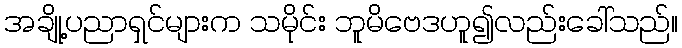
အချို့ပညာရှင်များက သမိုင်း ဘူမိဗေဒဟူ၍လည်းခေါ်သည်။